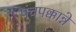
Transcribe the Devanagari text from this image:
पंचपक्कान्ने